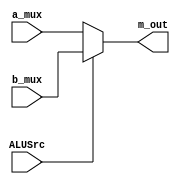
`timescale 1ns / 1ps
module MUX_2(
    input [31:0] a_mux,
    input [31:0] b_mux,
    input ALUSrc,
    output [31:0] m_out
);
assign m_out = ALUSrc ? b_mux : a_mux ;
endmodule